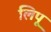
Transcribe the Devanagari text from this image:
लिपू